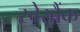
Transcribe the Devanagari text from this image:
स्बेरबैंक